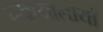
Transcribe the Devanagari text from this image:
न्यायालायों